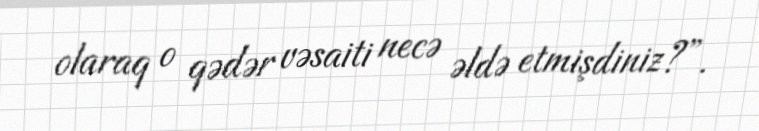
olaraq o qədər vəsaiti necə əldə etmişdiniz?”.